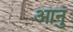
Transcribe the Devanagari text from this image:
आनु